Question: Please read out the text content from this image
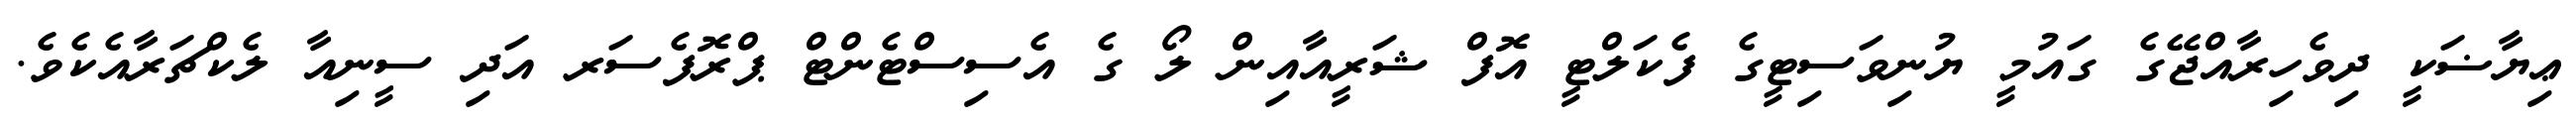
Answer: ޢިޔާޟަކީ ދިވެހިރާއްޖޭގެ ގައުމީ ޔުނިވަސިޓީގެ ފެކަލްޓީ އޮފް ޝަރީއާއިން ލޯ ގެ އެސިސްޓެންޓް ޕްރޮފެސަރ އަދި ސީނިއާ ލެކްޗަރާއެކެވެ.